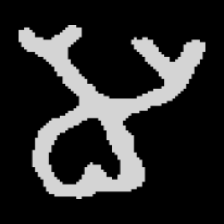
Pyu character \u2014 Myanmar letter: မ (romanized: ma)